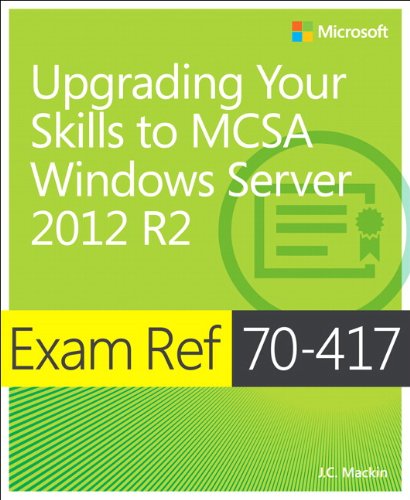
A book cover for Exam Ref 70-417 Upgrading from Windows Server 2008 to Windows Server 2012 R2 (MCSA); J.C. Mackin; Computers & Technology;